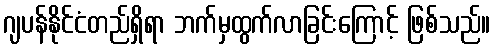
ဂျပန်နိုင်ငံတည်ရှိရာ ဘက်မှထွက်လာခြင်းကြောင့် ဖြစ်သည်။